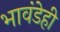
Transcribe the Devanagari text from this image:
भावंडेही